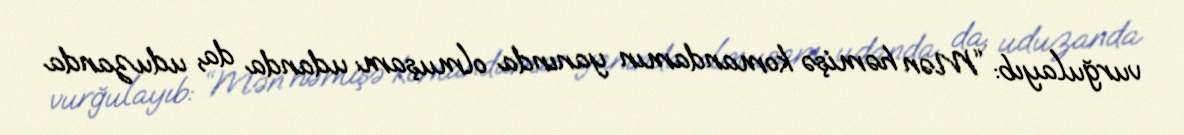
vurğulayıb: “Mən həmişə komandamın yanında olmuşam: udanda da, uduzanda